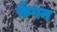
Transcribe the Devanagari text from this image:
फ़ैगन